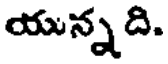
యున్నది.